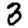
Digit: 3